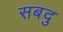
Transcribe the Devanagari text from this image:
सबदु